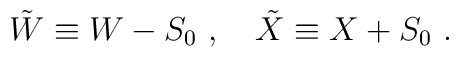
{\tilde{W}}\equiv W-S_0 ~,\quad {\tilde{X}} \equiv X+S_0 ~.